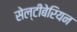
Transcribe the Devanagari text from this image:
सेल्टीबेरियन